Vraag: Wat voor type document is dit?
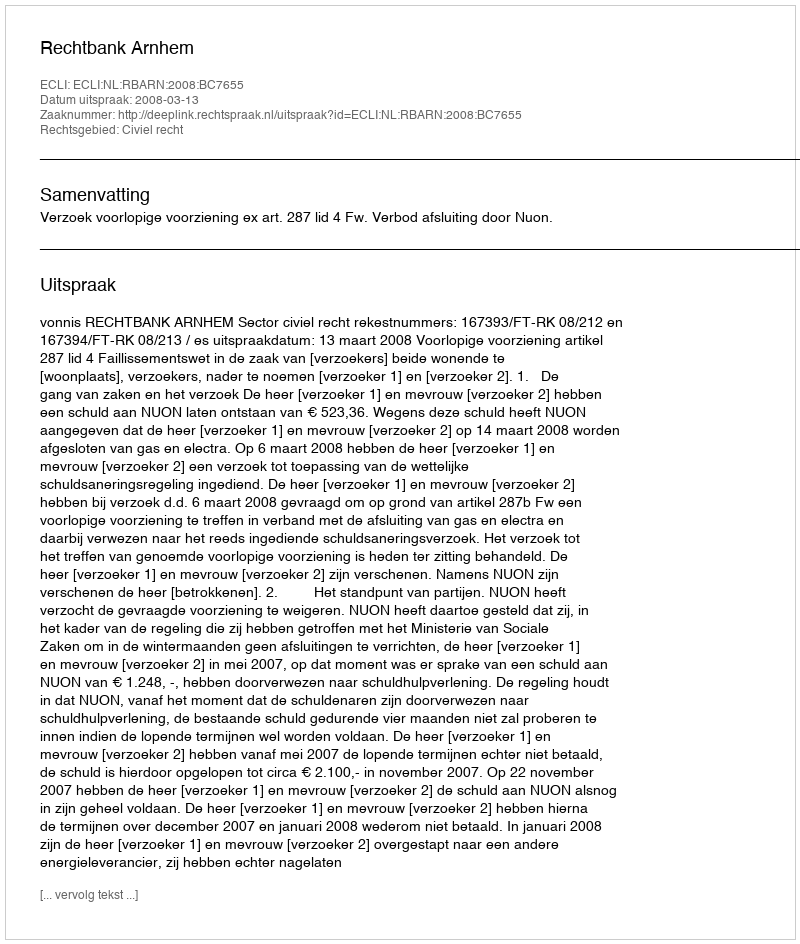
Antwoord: Uitspraak